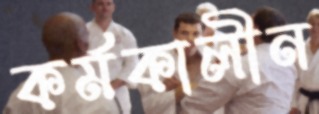
কর্মকালীন